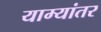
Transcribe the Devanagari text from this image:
याम्यांतर